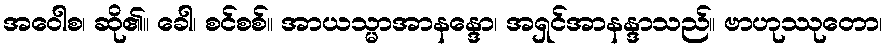
အဝေါစ၊ ဆို၏။ ခေါ၊ စင်စစ်။ အာယသ္မာအာနန္ဒော၊ အရှင်အာနန္ဒာသည်။ ဗာဟုဿုတော၊